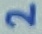
Text: 2